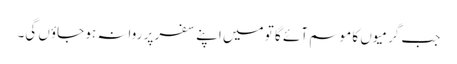
جب گرمیوں کا موسم آئے گا تو میں اپنے سفر پر روانہ ہو جاؤں گی۔